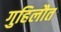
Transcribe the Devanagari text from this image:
गुहिलौत